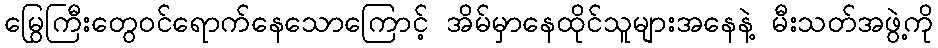
မြွေကြီးတွေဝင်ရောက်နေသောကြောင့် အိမ်မှာနေထိုင်သူများအနေနဲ့ မီးသတ်အဖွဲ့ကို